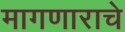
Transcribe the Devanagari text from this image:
मागणाराचे